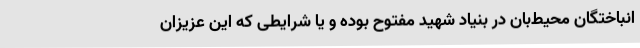
انباختگان محیط‌بان در بنیاد شهید مفتوح بوده و یا شرایطی که این عزیزان